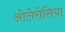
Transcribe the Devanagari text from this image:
ओलेरोसिया